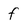
Character: f